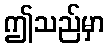
ဤသည်မှာ